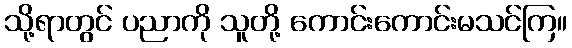
သို့ရာတွင် ပညာကို သူတို့ ကောင်းကောင်းမသင်ကြ။